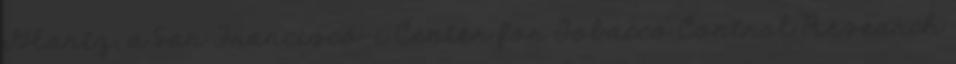
Glantz, a San Franciscó-i Center for Tobacco Control Research